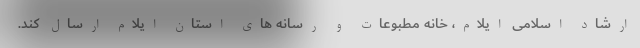
ارشاد اسلامی ایلام، خانه مطبوعات و رسانه های استان ایلام ارسال کند.